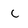
Character: c